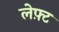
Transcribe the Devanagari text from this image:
लेफ़्ट